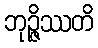
ဘုဉ္ဇိဿတိ